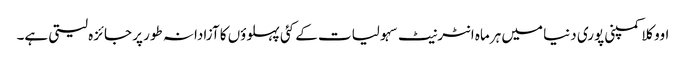
اووکلا کمپنی پوری دنیا میں ہرماہ انٹرنیٹ سہولیات کے کئی پہلوؤں کا آزادانہ طور پر جائزہ لیتی ہے۔